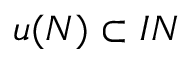
u ( N ) \subset I N